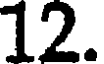
12.